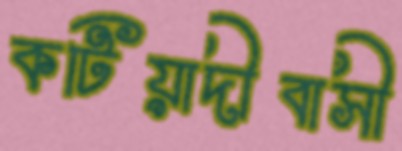
কটিয়াদীবাসী